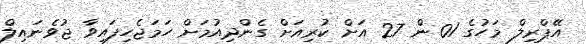
އޭޕްރިލް މަހުގެ 01 ން 27 އަށް ކުރިއަށް ގެންދިއުމަށް ހަމަޖެހިފައިވާ ޖުވެނައިލް